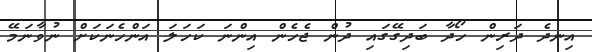
އިނދެ ދަރިން ހޯދާ ބަދިގޭގައި ދުން ޖެހެން އިންނަ ކަހަލަ އަންހެނަކަށް ނުވާނަމޭ